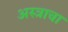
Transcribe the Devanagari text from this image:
अस्त्राचा